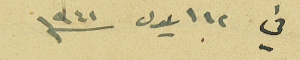
في ١٢ ايلول سنه ١٩٤١